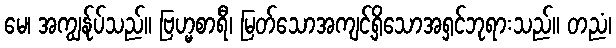
မေ၊ အကျွန်ုပ်သည်။ ဗြဟ္မစာရီ၊ မြတ်သောအကျင့်ရှိသောအရှင်ဘုရားသည်။ တညံ၊